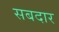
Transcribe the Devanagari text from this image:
सबदार